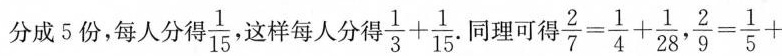
分成5份，每人分得\frac{1}{15}，这样每人分得$$\frac{1}{3} + \frac{1}{15}$$ .同理可得 $$\frac{2}{7} = \frac{1}{4} + \frac{1}{28},$$ $$\frac{2}{9} = \frac{1}{5} +